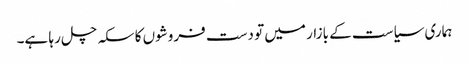
ہماری سیاست کے بازار میں تو دست فروشوں کا سکہ چل رہا ہے۔